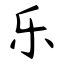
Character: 乐